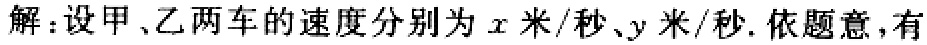
解：设甲、乙两车的速度分别为\(x\)米/秒、\(y\)米/秒. 依题意，有